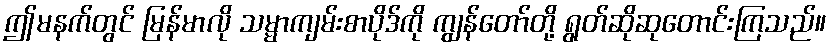
ဤမနက်တွင် မြန်မာလို သမ္မာကျမ်းစာပိုဒ်ကို ကျွန်တော်တို့ ရွတ်ဆိုဆုတောင်းကြသည်။